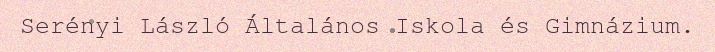
Serényi László Általános Iskola és Gimnázium.